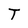
Character: T